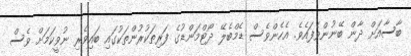
ބާސާއަށް ދާން ބޭނުންވެފައެވެ. އެހެންވެސް ޑެމްބެލޭ ދޯޓްމަންޑުގެ ފަރިތަކުރުންތަކުގައި ބައިވެރި ނުވީކަމަށް ވެސް